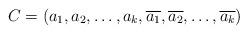
LaTeX: \begin{align*}C = (a_1, a_2, \ldots, a_k, \overline{a_1},\overline{a_2},\ldots,\overline{a_k})\end{align*}